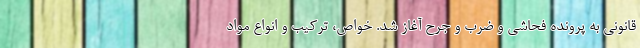
قانونی به پرونده فحاشی و ضرب و جرح آغاز شد. خواص، ترکیب و انواع مواد